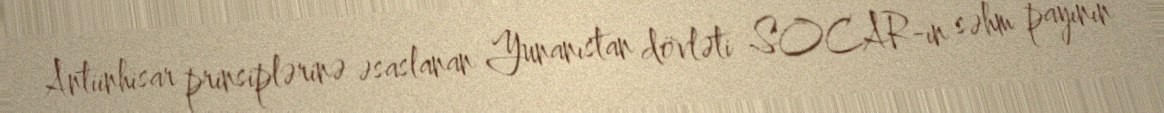
Antiinhisar prinsiplərinə əsaslanan Yunanıstan dövləti SOCAR-ın səhm payının